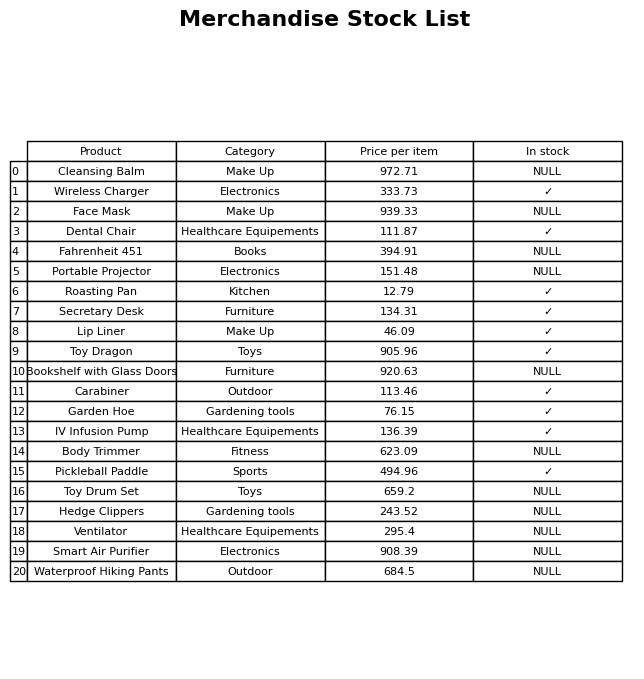
question: What is the stock status of the Dental Chair?
answer: ✓